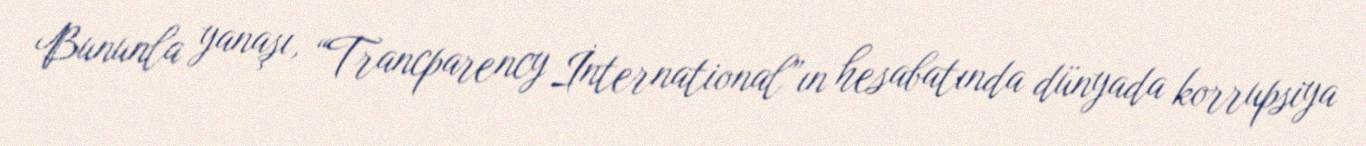
Bununla yanaşı, “Trancparency İnternational”ın hesabatında dünyada korrupsiya